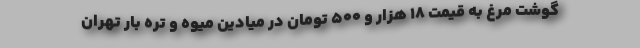
گوشت مرغ به قیمت 18 هزار و 500 تومان در میادین میوه و تره بار تهران